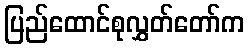
ပြည်ထောင်စုလွှတ်တော်က